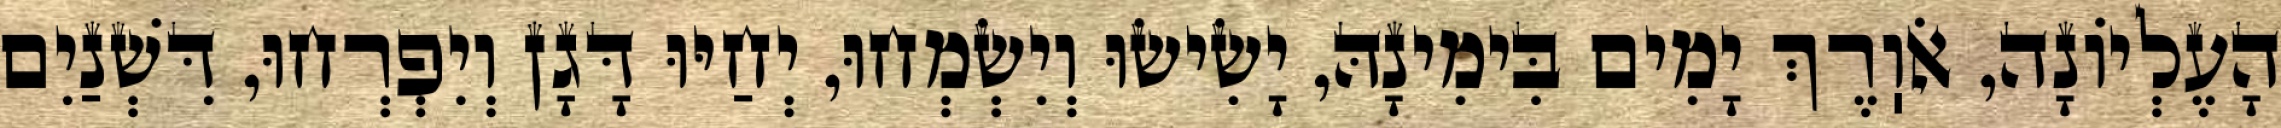
הָעֶלְיוֹנָה, אֹוֽרֶךְ יָמִים בִּימִינָהּ, יָשִׂישׂוּ וְיִשְׂמְחוּ, יְחַיּוּ דָּגָן וְיִפְרְחוּ, דִּשְׁנַיִם